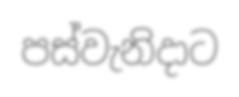
පස්වැනිදාට